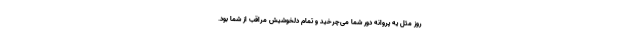
روز مثل یه پروانه دور شما می‌چرخید و تمام دلخوشیش مراقب از شما بود.